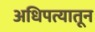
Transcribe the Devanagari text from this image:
अधिपत्यातून